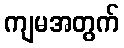
ကျမအတွက်